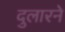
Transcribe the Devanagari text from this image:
दुलारने